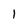
Character: 1